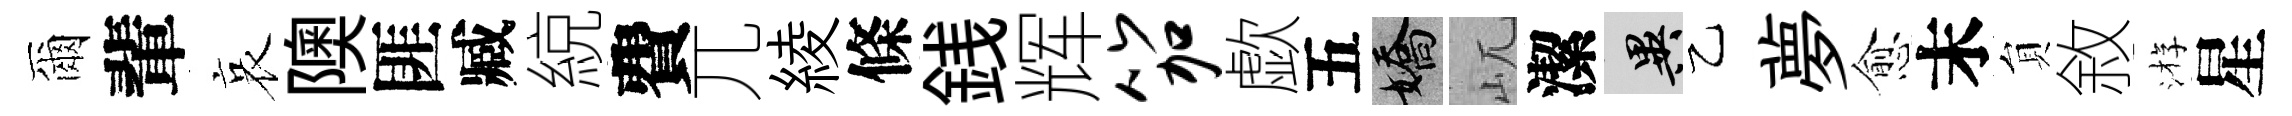
爾輩哀隩匪臧綂費兀綾條銭辉笳歔五嬌屼潔异乙夢愈末貟敘㳺星